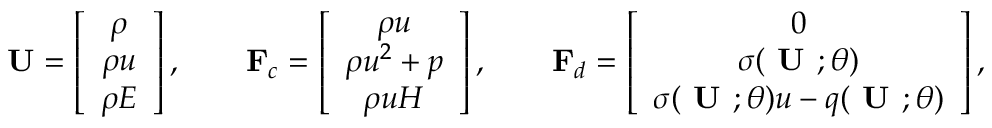
{ \bf U } = \left[ \begin{array} { c c } { \rho } \\ { \rho u } \\ { \rho E } \end{array} \right] , \qquad { \bf F } _ { c } = \left[ \begin{array} { c c } { \rho u } \\ { \rho u ^ { 2 } + p } \\ { \rho u H } \end{array} \right] , \qquad { \bf F } _ { d } = \left[ \begin{array} { c c } { 0 } \\ { \sigma ( \textbf { U } ; \theta ) } \\ { \sigma ( \textbf { U } ; \theta ) u - q ( \textbf { U } ; \theta ) } \end{array} \right] ,